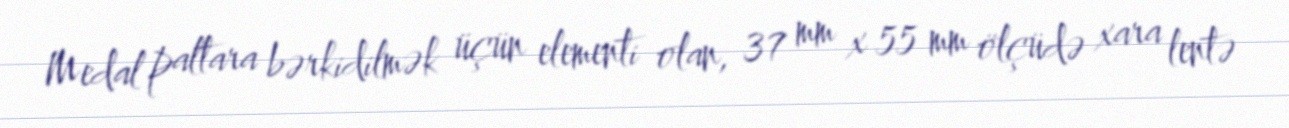
Medal paltara bərkidilmək üçün elementi olan, 37 mm x 55 mm ölçüdə xara lentə